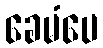
ခေမံပေ